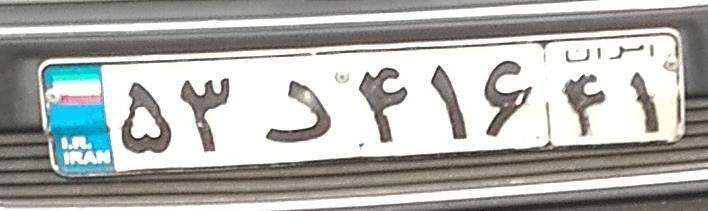
۵۳د۴۱۶۴۱